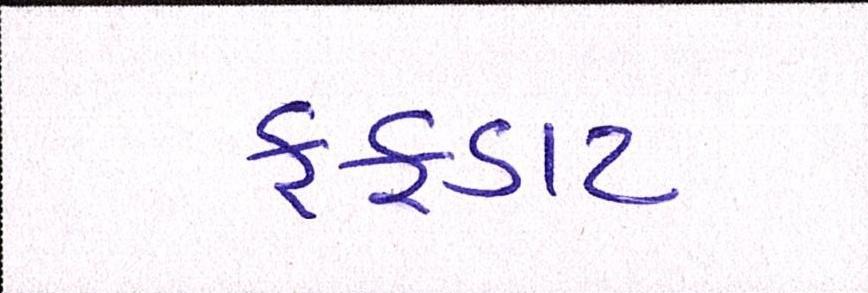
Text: ફફડાટ